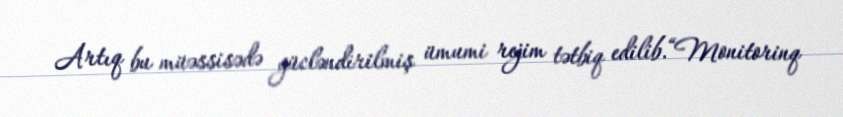
Artıq bu müəssisədə gücləndirilmiş ümumi rejim tətbiq edilib.“Monitorinq